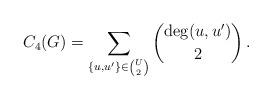
LaTeX: \begin{align*} C_4(G) = \sum_{\{u,u'\}\in\binom{U}{2}}\binom{\deg(u,u')}{2} \,. \end{align*}